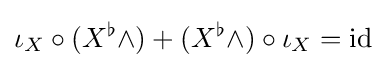
\iota _{X}\circ (X^{\flat }\wedge )+(X^{\flat }\wedge )\circ \iota _{X}={\text{id}}